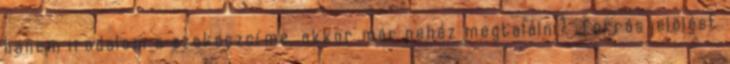
hanem irodalom a szakaszcíme, akkor már nehéz megtalálni? „forrásjelölést